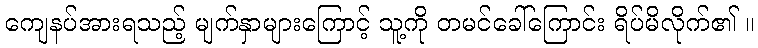
ကျေနပ်အားရသည့် မျက်နှာများကြောင့် သူ့ကို တမင်ခေါ်ကြောင်း ရိပ်မိလိုက်၏ ။